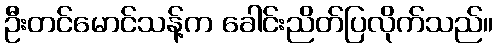
ဦးတင်မောင်သန့်က ခေါင်းညိတ်ပြလိုက်သည်။